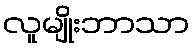
လူမျိုးဘာသာ